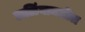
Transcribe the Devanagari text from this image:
डाळिंबामधील